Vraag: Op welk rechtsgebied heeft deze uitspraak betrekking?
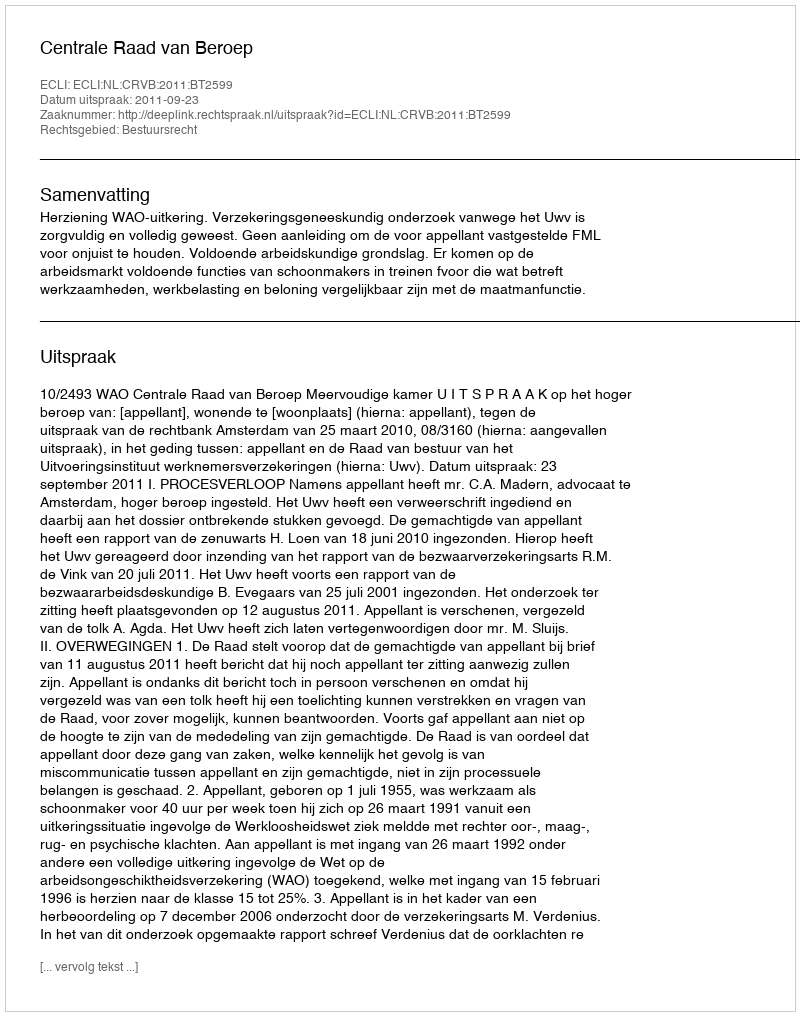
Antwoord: Bestuursrecht